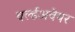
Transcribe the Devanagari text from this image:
वर्ल्डअवेयर